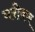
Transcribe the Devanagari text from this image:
मरीकर